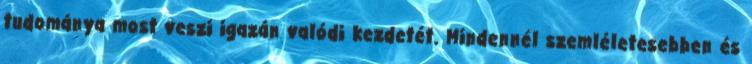
tudománya most veszi igazán valódi kezdetét. Mindennél szemléletesebben és